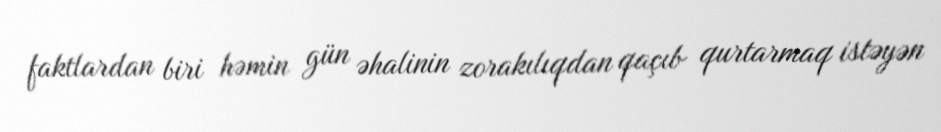
faktlardan biri həmin gün əhalinin zorakılıqdan qaçıb qurtarmaq istəyən